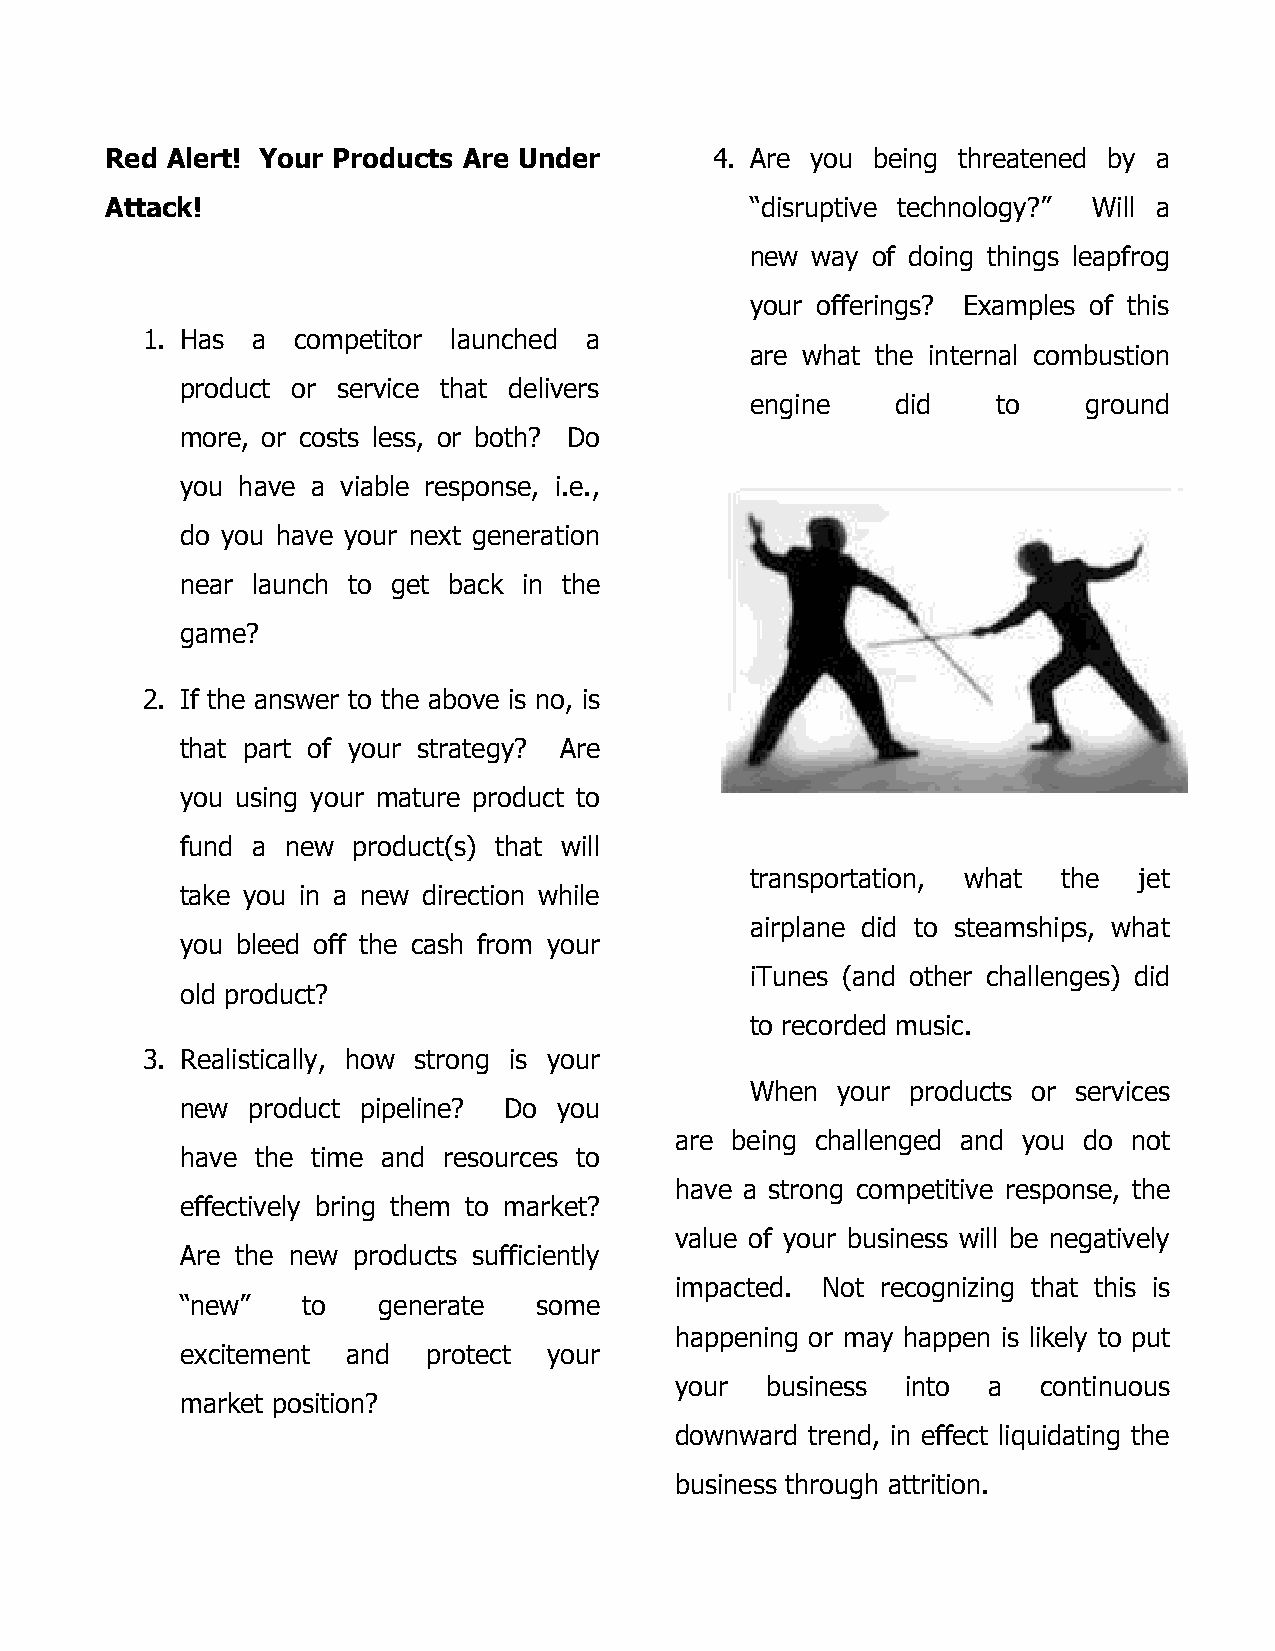
Red Alert! Your Products Are Under      4. Are you being threatened by a
 Attack!                                    “disruptive technology?” Will a
 new way of doing things leapfrog
 your offerings? Examples of this
 1. Has  a  competitor launched a
 are what the internal combustion
 product or service that delivers
 engine   did    to    ground
 more, or costs less, or both? Do
 you have a viable response, i.e.,
 do you have your next generation
 near launch to get back in the
 game?
 2. If the answer to the above is no, is
 that part of your strategy? Are
 you using your mature product to
 fund a new product(s) that will
 transportation, what the jet
 take you in a new direction while
 airplane did to steamships, what
 you bleed off the cash from your
 iTunes (and other challenges) did
 old product?
 to recorded music.
 3. Realistically, how strong is your
 When your products or services
 new product pipeline? Do you
 are being challenged and you do not
 have the time and resources to
 have a strong competitive response, the
 effectively bring them to market?
 value of your business will be negatively
 Are the new products sufficiently
 impacted. Not recognizing that this is
 “new”   to   generate  some
 happening or may happen is likely to put
 excitement and  protect your
 your  business into a   continuous
 market position?
 downward trend, in effect liquidating the
 business through attrition.